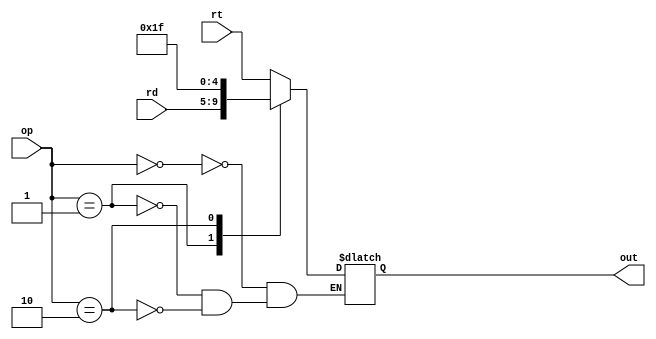
`timescale 1ns / 1ps
//////////////////////////////////////////////////////////////////////////////////
// Company: 
// Engineer: 
// 
// Design Name: 
// Module Name:    muxs 
// Project Name: 
// Target Devices: 
// Tool versions: 
// Description: 
//
// Dependencies: 
//
// Revision: 
// Revision 0.01 - File Created
// Additional Comments: 
//
//////////////////////////////////////////////////////////////////////////////////
module regmux(
   input [4:0] rt,
	input [4:0] rd,
	input [1:0] op,
	output reg [4:0] out
    );
	 always@(*)begin
	   case(op)
		   2'b00: out = rt;
			2'b01: out = rd;
			2'b10: out = 31;
		endcase
	end
endmodule

module alumux1(
   input [31:0] read2,
	input [31:0] imm,
	input op,
	output reg [31:0] out
    );
	 always@(*)begin
	   case(op)
		   0: out = read2;
			1: out = imm;
		endcase
	end

endmodule

module memmux(
   input [31:0] aluout,
	input [31:0] memout,
	input [31:0] addr,//p4
	input [1:0] op,
	output reg [31:0] out
    );
   always@(*)begin
	   case(op)
		   2'b00: out = aluout;
			2'b01: out = memout;
			2'b10: out = addr;
		endcase
	end

endmodule